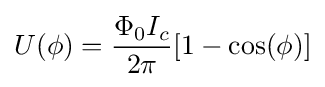
U(\phi )={\frac {\Phi _{0}I_{c}}{2\pi }}[1-\cos(\phi )]